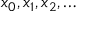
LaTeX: x _ { 0 } , x _ { 1 } , x _ { 2 } , \ldots